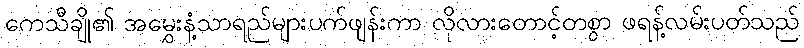
ကေသီချို၏ အမွှေးနံ့သာရည်များပက်ဖျန်းကာ လိုလားတောင့်တစွာ ဖရန့်လမ်းပတ်သည်